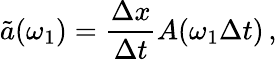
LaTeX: \tilde{a}(\omega_{1})=\frac{\Delta x}{\Delta t}A(\omega_{1}\Delta t)\, ,